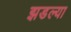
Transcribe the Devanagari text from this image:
झडल्या